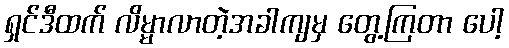
ရှင်ဒီထက် လိမ္မာလာတဲ့အခါကျမှ တွေ့ကြတာ ပေါ့